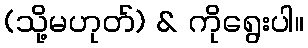
(သို့မဟုတ်) & ကိုရွေးပါ။